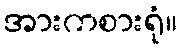
အားကစားရုံ။